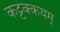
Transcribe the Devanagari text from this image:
कट्टक्कयम्